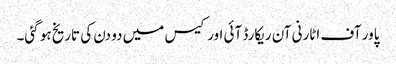
پاور آف اٹارنی آن ریکارڈ آئی اورکیس میں دو دن کی تاریخ ہو گئی۔